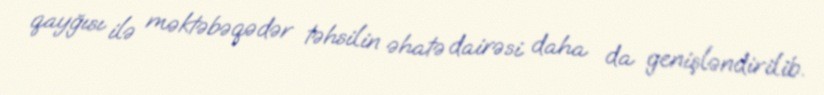
qayğısı ilə məktəbəqədər təhsilin əhatə dairəsi daha da genişləndirilib.